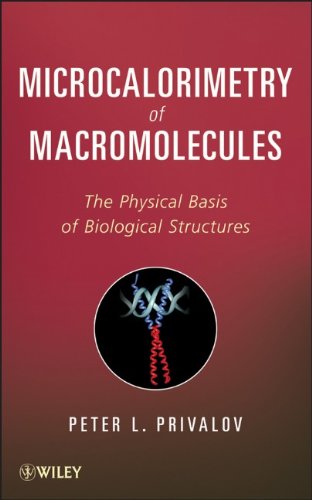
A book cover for Microcalorimetry of Macromolecules: The Physical Basis of Biological Structures; Peter L. Privalov; Science & Math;